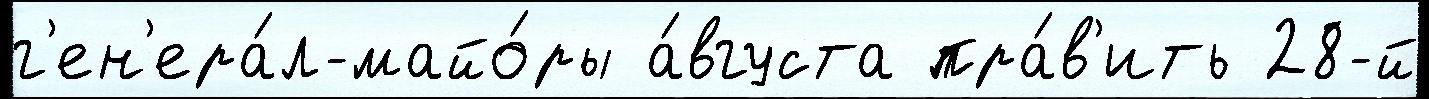
г'ен'ера́л-майо́ры а́вгуста пра́в'ить 28-й